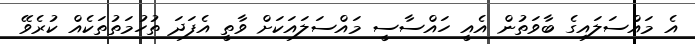
އެ މައްސަލައިގެ ބާވަތުން އެއީ ހައްސާސީ މައްސަލައަކަށް ވާތީ އެފަދަ ތުހުމަތުތަކެއް ކުރެވޭ